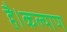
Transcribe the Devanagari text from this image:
है।कल्याण